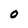
Character: 0